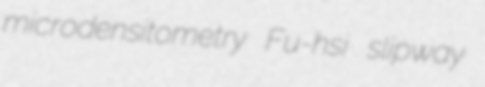
microdensitometry Fu-hsi slipway